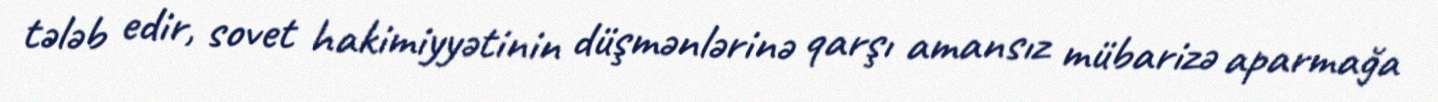
tələb edir, sovet hakimiyyətinin düşmənlərinə qarşı amansız mübarizə aparmağa